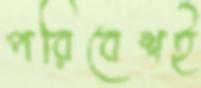
পরিবেশই